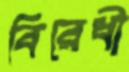
বিরেধী